Vaccination report Assam 1896-1927 - 1896-1927
Year: 1896
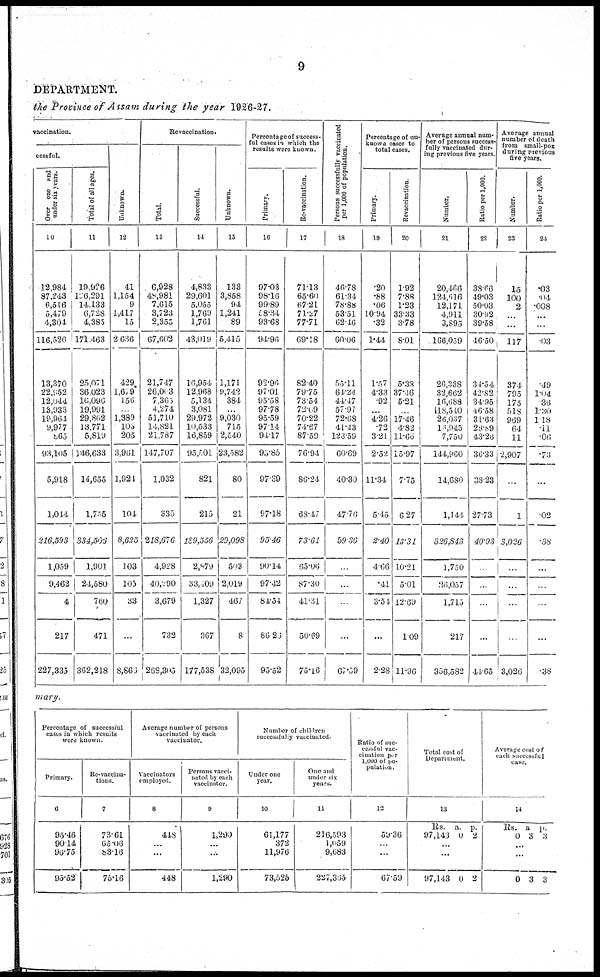
9
DEPARTMENT.
the Province of Assam during the year 1926-27.
vaccination.
cessful.
Over one and
under six years.
10
12,984
87,243
6,516
5,479
4,304
116,526
13,390
22,952
12,044
13,933
19,964
9,977
865
93,105
5,918
1,044
216,593
1,059
9,462
4
217
227,335
Total of all ages.
11
19,926
126,291
14,133
6,728
4,385
171,463
25,071
36,023
16,096
19,991
29,862
13,771
5,819
146,633
14,655
1,735
334,506
1,901
24,580
760
471
362,218
Unknown.
12
41
1,154
9
1,417
15
2,636
429
1,679
156
...
1,389
103
205
3,961
1,924
104
8,625
103
103
33
...
8,866
Revaccination.
Total.
13
6,928
48,981
7,615
3,723
2,355
67,602
21,747
26,013
7,365
4,274
51,710
14,821
21,767
147,707
1,032
333
218,676
4,928
40,190
3,679
732
268,305
Successful.
14
4,833
29,601
5,055
1,769
1,761
43,019
16,954
12,968
5,134
3,081
29,972
10,533
16,859
95,501
821
215
189,556
2,879
33,109
1,327
367
177,538
Unknown.
15
133
3,858
94
1,241
89
5,415
1,171
9,742
384
...
9,030
715
2,540
23,582
80
21
29,098
503
2,019
467
8
32,095
Percentage of success-
ful cases in which the
results were known.
Primary.
16
97.03
98.16
99.89
58.34
93.68
94.96
92.96
97.01
95.58
97.78
95.59
97.14
91.17
95.85
97.39
97.18
95.46
90.14
97.42
84.54
86.26
95.52
Re-vaccination.
17
71.13
65.60
67.21
71.27
77.71
69.18
82.40
79.75
73.54
72.69
70.22
74.67
87.59
76.94
86.24
68.47
73.61
65.06
87.30
41.31
50.69
75.16
Persons successfully vaccinated
per 1,000 of population.
18
40.78
61.34
78.88
53.51
62.46
60.06
55.11
64.24
44.47
57.97
72.68
41.43
126.59
60.69
40.30
47.76
59.36
...
...
...
...
67.59
Percentage of un-
known cases to
total cases.
Primary.
19
.20
.88
.06
10.94
.32
1.44
1.57
4.33
.92
...
4.26
.72
3.21
2.52
11.34
5.45
2.40
4.66
.41
3.54
...
2.28
Revaccination.
20
1.92
7.88
1.23
33.33
3.78
8.01
5.33
37.46
5.21
...
17.46
4.82
11.60
15.97
7.75
6.27
13.31
10.21
5.01
12.69
109
11.96
Average annual num-
ber of persons success¬
fully vaccinated dur-
ing previous five years.
Number.
21
20,466
124,6l6
12,171
4,911
3,895
166,059
26,338
32,662
16,688
18,540
26,037
15,945
7,750
14,900
14,680
1,144
326,843
1,750
26,057
1,715
217
356,582
Ratio per 1,000.
22
38. 66
49.03
50.03
30.92
39.58
46.50
34.54
42.82
34.95
46.58
31.63
28.89
43.26
36.33
38.23
27.73
40.93
...
...
...
...
44.65
Average annual
number of death
from small-pox
during previous
five years.
Number.
23
15
100
2
...
...
117
374
795
175
518
969
64
11
2,907
...
1
3,026
...
...
...
...
3,026
Ratio per 1,000.
24
.03
.04
.008
...
...
.03
.49
1.04
36
1.30
1.18
.11
.06
.73
...
.02
.38
...
...
...
...
.38
mary.
Percentage of successful
cases in which results
were known.
Primary.
6
95.46
90.14
96.75
95.52
Re-vaccina¬
tions.
7
73.61
65.06
83.16
75.16
Average number of persons
vaccinated by each
vaccinator.
vaccinators
employed.
8
418
...
...
448
Persons vacci-
nated by each
vaccinator.
9
1,299
...
...
1,290
Number of children
successfully vaccinated.
Under one
year.
10
61,177
372
11,976
73,526
One and
under six
years.
11
216,593
1,059
9,683
227,335
Ratio of suc-
cessful vac-
cination per
1,000 of po-
pulation.
12
59.36
...
...
67.59
Total cost of
Department.
13
Rs.
97,143
a.
0
p.
2
...
...
97,143 0 2
Average cost of
each successful
case.
14
Rs.
0
a.
3
Rs.
3
...
...
0 3 3